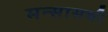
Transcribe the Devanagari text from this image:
मन्सासची